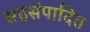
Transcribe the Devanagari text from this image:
सहसंपादित